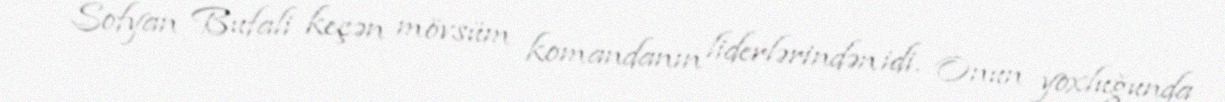
- Sofyan Bufali keçən mövsüm komandanın liderlərindən idi. Onun yoxluğunda